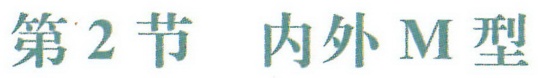
第2节 内外M型